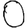
Digit: 0